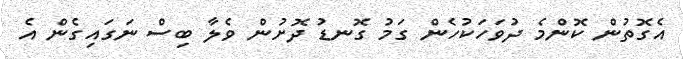
އެގޮތުން ކޮންމެ ދުވަހަކުހެން ގަމު ގޮނޑު ދޮށުން ވެލާ ބިސް ނަގައިގެން އެ